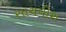
સાચવીશ